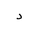
Letter: _dal